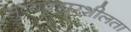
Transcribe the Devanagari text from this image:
सुव्यवहारशीलता